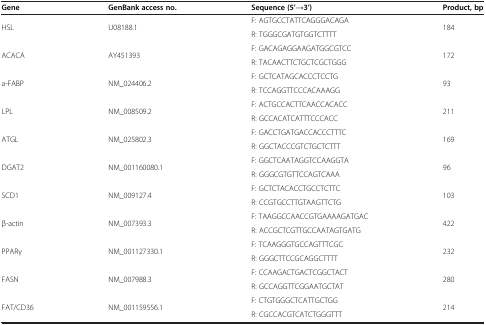
<table><thead><tr><td><b>Gene</b></td><td><b>GenBank access no.</b></td><td><b>Sequence (5’→3’)</b></td><td><b>Product, bp</b></td></tr></thead><tbody><tr><td rowspan="2">HSL</td><td rowspan="2">U08188.1</td><td>F: AGTGCCTATTCAGGGACAGA</td><td rowspan="2">184</td></tr><tr><td>R: TGGGCGATGTGGTCTTTT</td></tr><tr><td rowspan="2">ACACA</td><td rowspan="2">AY451393</td><td>F: GACAGAGGAAGATGGCGTCC</td><td rowspan="2">172</td></tr><tr><td>R: TACAACTTCTGCTCGCTGGG</td></tr><tr><td rowspan="2">a-FABP</td><td rowspan="2">NM_024406.2</td><td>F: GCTCATAGCACCCTCCTG</td><td rowspan="2">93</td></tr><tr><td>R: TCCAGGTTCCCACAAAGG</td></tr><tr><td rowspan="2">LPL</td><td rowspan="2">NM_008509.2</td><td>F: ACTGCCACTTCAACCACACC</td><td rowspan="2">211</td></tr><tr><td>R: GCCACATCATTTCCCACC</td></tr><tr><td rowspan="2">ATGL</td><td rowspan="2">NM_025802.3</td><td>F: GACCTGATGACCACCCTTTC</td><td rowspan="2">169</td></tr><tr><td>R: GGCTACCCGTCTGCTCTTT</td></tr><tr><td rowspan="2">DGAT2</td><td rowspan="2">NM_001160080.1</td><td>F: GGCTCAATAGGTCCAAGGTA</td><td rowspan="2">96</td></tr><tr><td>R: GGGCGTGTTCCAGTCAAA</td></tr><tr><td rowspan="2">SCD1</td><td rowspan="2">NM_009127.4</td><td>F: GCTCTACACCTGCCTCTTC</td><td rowspan="2">103</td></tr><tr><td>R: CCGTGCCTTGTAAGTTCTG</td></tr><tr><td rowspan="2">β-actin</td><td rowspan="2">NM_007393.3</td><td>F: TAAGGCCAACCGTGAAAAGATGAC</td><td rowspan="2">422</td></tr><tr><td>R: ACCGCTCGTTGCCAATAGTGATG</td></tr><tr><td rowspan="2">PPARγ</td><td rowspan="2">NM_001127330.1</td><td>F: TCAAGGGTGCCAGTTTCGC</td><td rowspan="2">232</td></tr><tr><td>R: GGGCTTCCGCAGGCTTTT</td></tr><tr><td rowspan="2">FASN</td><td rowspan="2">NM_007988.3</td><td>F: CCAAGACTGACTCGGCTACT</td><td rowspan="2">280</td></tr><tr><td>R: GCCAGGTTCGGAATGCTAT</td></tr><tr><td>FAT/CD36</td><td>NM_001159556.1</td><td>F: CTGTGGGCTCATTGCTGG</td><td>214</td></tr><tr><td> </td><td> </td><td>R: CGCCACGTCATCTGGGTTT</td><td> </td></tr></tbody></table>